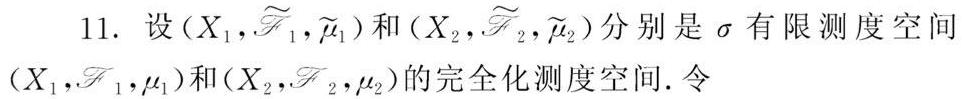
11. 设$(X_1,\widetilde{\mathscr{F}}_1,\widetilde{\mu}_1)$和$(X_2,\widetilde{\mathscr{F}}_2,\widetilde{\mu}_2)$分别是$\sigma$有限测度空间$(X_1,\mathscr{F}_1,\mu_1)$和$(X_2,\mathscr{F}_2,\mu_2)$的完全化测度空间. 令